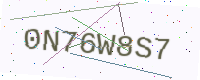
Text: 0N76W8S7